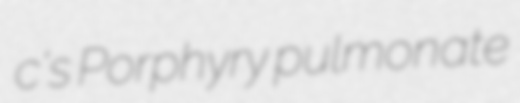
c's Porphyry pulmonate